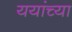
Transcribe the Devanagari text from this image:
ययांच्या